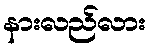
နားလည်လား